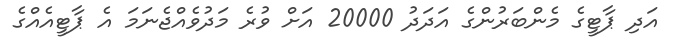
އަދި ޕާޓީގެ މެންބަރުންގެ އަދަދު 20000 އަށް ވުރެ މަދުވެއްޖެނަމަ އެ ޕާޓީއެއްގެ